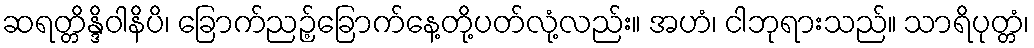
ဆရတ္တိန္ဒိဝါနိပိ၊ ခြောက်ညဉ့်ခြောက်နေ့တို့ပတ်လုံ့လည်း။ အဟံ၊ ငါဘုရားသည်။ သာရိပုတ္တံ၊